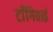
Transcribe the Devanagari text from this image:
टाँगिवाई